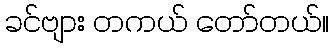
ခင်ဗျား တကယ် တော်တယ်။